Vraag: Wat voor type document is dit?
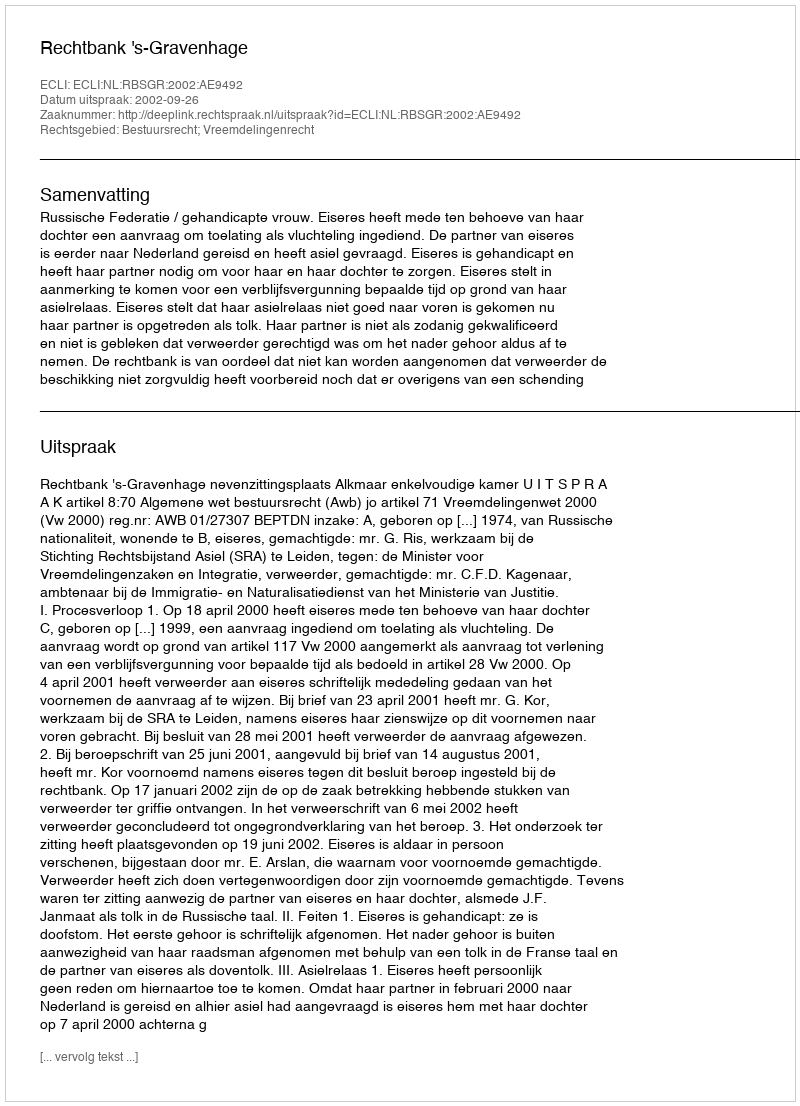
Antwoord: Uitspraak